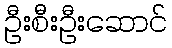
ဦးစီးဦးဆောင်